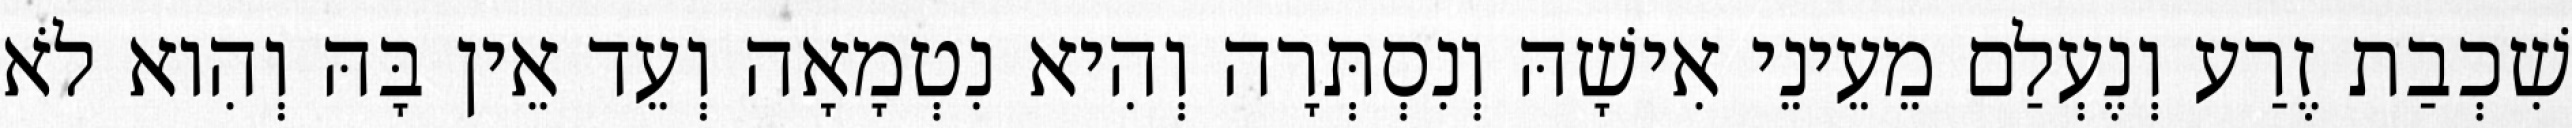
שִׁכְבַת זֶרַע וְנֶעְלַם מֵעֵינֵי אִישָׁהּ וְנִסְתְּרָה וְהִיא נִטְמָאָה וְעֵד אֵין בָּהּ וְהִוא לֹא